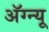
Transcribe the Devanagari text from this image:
अॅग्न्यू